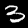
Label: 3